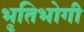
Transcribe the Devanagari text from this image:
भृतिभोगी